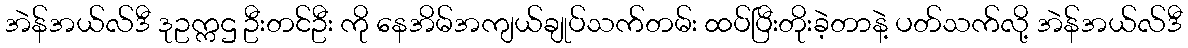
အဲန်အယ်လ်ဒီ ဒုဥက္ကဌ ဦးတင်ဦး ကို နေအိမ်အကျယ်ချုပ်သက်တမ်း ထပ်ပြီးတိုးခဲ့တာနဲ့ ပတ်သက်လို့ အဲန်အယ်လ်ဒီ